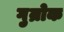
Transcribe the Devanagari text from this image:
गुम्रोक